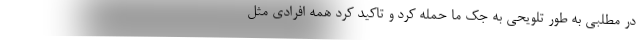
در مطلبی به طور تلویحی به جک ما حمله کرد و تاکید کرد همه افرادی مثل